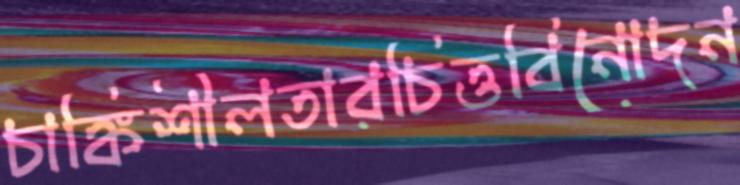
চাঙ্কিশীলতারচিত্তবিনোদন